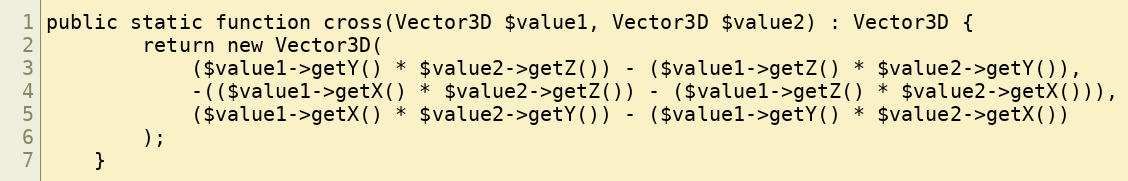
Language: PHP
public static function cross(Vector3D $value1, Vector3D $value2) : Vector3D {
        return new Vector3D(
            ($value1->getY() * $value2->getZ()) - ($value1->getZ() * $value2->getY()),
            -(($value1->getX() * $value2->getZ()) - ($value1->getZ() * $value2->getX())),
            ($value1->getX() * $value2->getY()) - ($value1->getY() * $value2->getX())
        );
    }